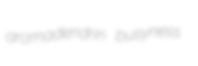
aromadendrin busyness